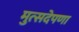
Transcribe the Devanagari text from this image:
मुत्सदेपणा